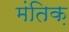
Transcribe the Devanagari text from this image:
मंतिक़